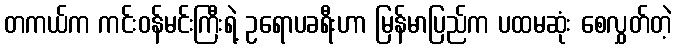
တကယ်က ကင်းဝန်မင်းကြီးရဲ့ ဥရောပခရီးဟာ မြန်မာပြည်က ပထမဆုံး စေလွှတ်တဲ့